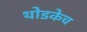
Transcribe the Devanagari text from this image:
थोडकेच